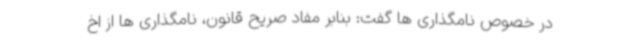
در خصوص نامگذاری ها گفت: بنابر مفاد صریح قانون، نامگذاری ها از اخ